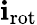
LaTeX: {\mathbf{i}_{\mathrm{{rot}}}}